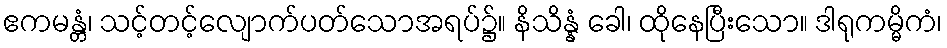
ဧကမန္တံ၊ သင့်တင့်လျောက်ပတ်သောအရပ်၌။ နိသိန္နံ ခေါ၊ ထိုနေပြီးသော။ ဒါရုကမ္မိကံ၊